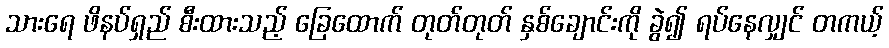
သားရေ ဖိနပ်ရှည် စီးထားသည့် ခြေထောက် တုတ်တုတ် နှစ်ချောင်းကို ခွဲ၍ ရပ်နေလျှင် တကယ့်